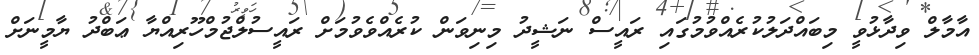
އާމާލް ވިދާޅުވީ މިބައްދަލުކުރެއްވުމުގައި ރައީސް ނަޝީދު މިނިވަން ކުރެއްވެވުމަށް ރައީސުލްޖުމްހޫރިއްޔާ ޢަބްދު ޔާމީނަށް